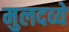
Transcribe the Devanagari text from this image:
मुलदव्ये